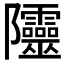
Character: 𨽲